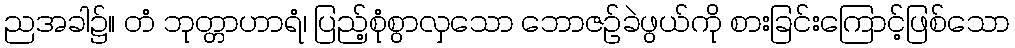
ညအခါ၌။ တံ ဘုတ္တာဟာရံ၊ ပြည့်စုံစွာလှသော ဘောဇဉ်ခဲဖွယ်ကို စားခြင်းကြောင့်ဖြစ်သော